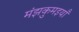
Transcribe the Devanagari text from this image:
मंझकुमइयाँ